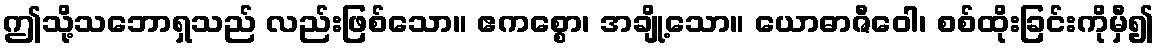
ဤသို့သဘောရှသည် လည်းဖြစ်သော။ ဧကစ္စော၊ အချို့သော။ ယောဓာဇီဝေါ၊ စစ်ထိုးခြင်းကိုမှီ၍